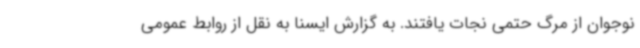
نوجوان از مرگ حتمی نجات یافتند. به گزارش ایسنا به نقل از روابط عمومی